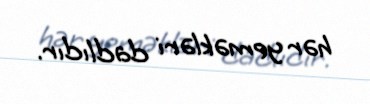
hər yeməkləri dadlıdır.